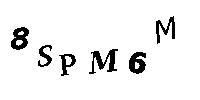
8SPM6M